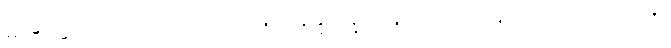
ဣမေအဋ္ဌပုဂ္ဂလာ၊ ဤရှစ်ယောက်သောပုဂ္ဂိုလ်တို့ကို။ မန္တိတံ၊ တိုင်ပင်အပ်သည်ရှိသော်။ အတ္ထံ၊ အကျိုးကို။